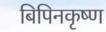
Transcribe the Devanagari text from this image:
बिपिनकृष्ण